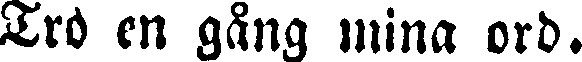
Tro en gång mina ord.